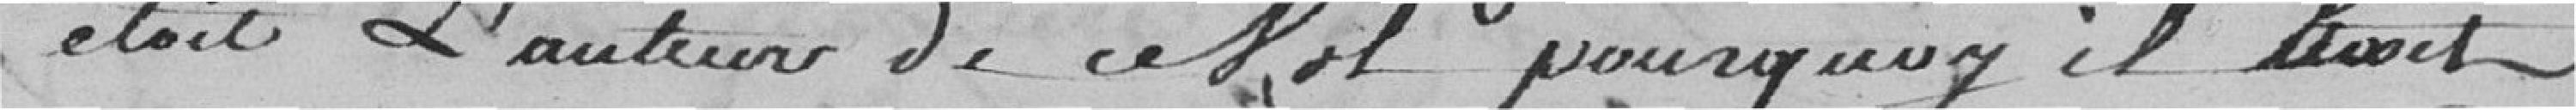
était l'auteur de ce vol